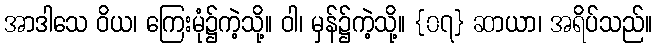
အာဒါသေ ဝိယ၊ ကြေးမုံ၌ကဲ့သို့။ ဝါ၊ မှန်၌ကဲ့သို့။ {၀၇} ဆာယာ၊ အရိပ်သည်။